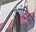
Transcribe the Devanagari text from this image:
आंटियों